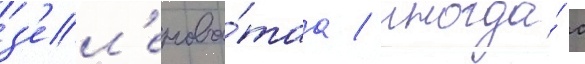
з'ел'енова́таа / иногда́ с